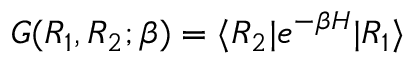
G ( R _ { 1 } , R _ { 2 } ; \beta ) = \langle R _ { 2 } | e ^ { - \beta H } | R _ { 1 } \rangle